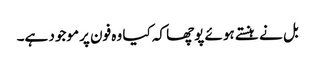
بل نے ہنستے ہوئے پوچھا کہ کیا وہ فون پر موجود ہے۔